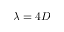
\lambda = 4 D